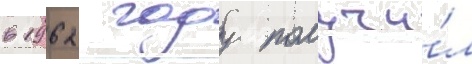
в 1962 году получи́л